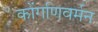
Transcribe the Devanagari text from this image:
कोंगणिवर्मन